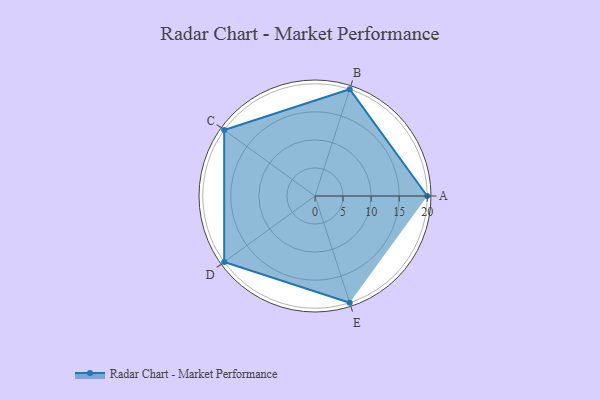
{"axis": {"x": "Skill", "y": "Score"}, "legend": ["Profile"], "data": [{"x": "A", "y": 20, "type": "Profile"}, {"x": "B", "y": 20, "type": "Profile"}, {"x": "C", "y": 20, "type": "Profile"}, {"x": "D", "y": 20, "type": "Profile"}, {"x": "E", "y": 20, "type": "Profile"}]}